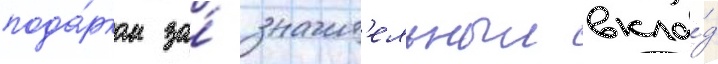
пода́рком за́ значит'ельныи вкла́д